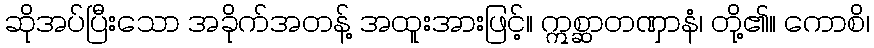
ဆိုအပ်ပြီးသော အခိုက်အတန့် အထူးအားဖြင့်။ ဣစ္ဆာတဏှာနံ၊ တို့၏။ ကောစိ၊